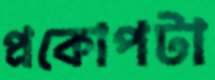
প্রকোপটা